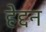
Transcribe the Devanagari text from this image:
हेद्दन